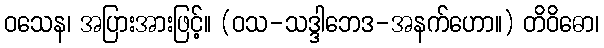
ဝသေန၊ အပြားအားဖြင့်။ (ဝသ-သဒ္ဒါဘေဒ-အနက်ဟော။) တိဝိဓော၊